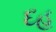
દહ